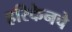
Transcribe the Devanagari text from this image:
हरिकेनचे